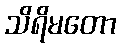
သိရိမတော